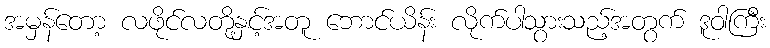
အမှန်တော့ လဖိုင်လတို့နှင့်အတူ ဘောင်ယိန်း လိုက်ပါသွားသည့်အတွက် ဒူဝါကြီး